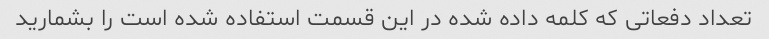
تعداد دفعاتی که کلمه داده شده در این قسمت استفاده شده است را بشمارید